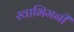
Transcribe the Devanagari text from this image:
स्वाभिमनी